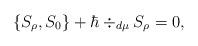
LaTeX: \begin{align*}\{S_\rho, S_0\} + \hbar\div_{d\mu}S_\rho = 0, \end{align*}